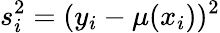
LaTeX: s_{i}^{2}=(y_{i}-\mu(x_{i}))^{2}